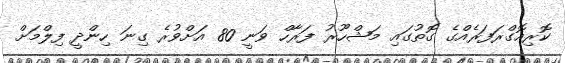
ކޮރިއޮގްރަފަރެއްގެ ގޮތުގައި މަޝްހޫރު ފަރާހް ވަނީ 80 އަށްވުރެ ގިނަ ހިންދީ ފިލްމަށް